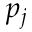
p _ { j }